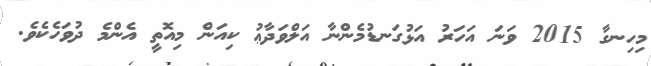
މިހިނގާ 2015 ވަނަ އަހަރު އަޅުގަނޑުމެންނާ އަލްވަދާޢު ކިއަން މިއޮތީ އެންމެ ދުވަހެކެވެ.